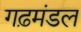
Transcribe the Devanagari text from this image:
गढ़मंडल